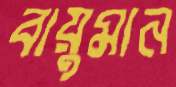
বায়ুমান